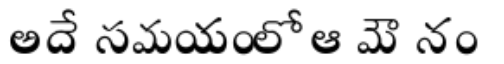
అదే సమయంలో ఆ మౌనం